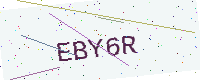
Text: EBY6R